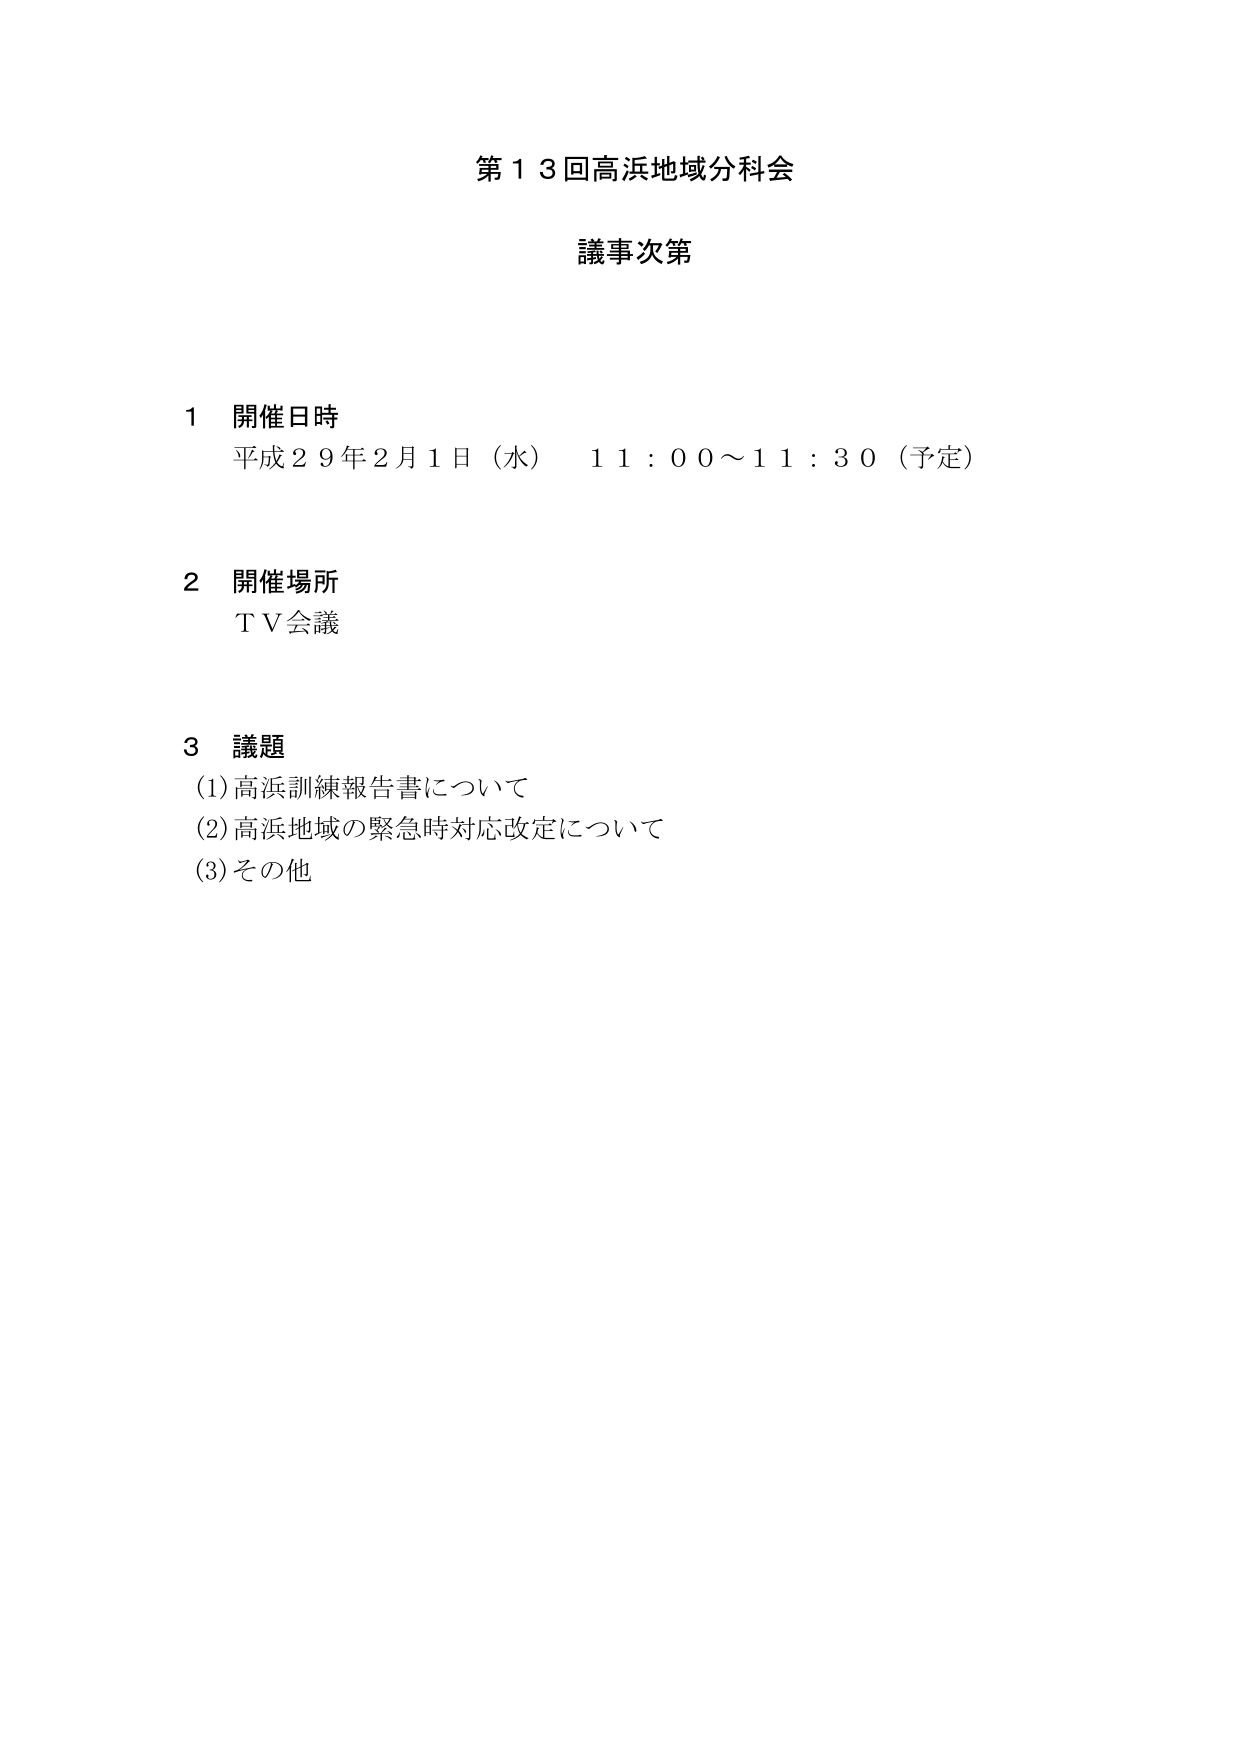
第１３回高浜地域分科会
議事次第

１ 開催日時
平成２９年２月１日（水） １１：００～１１：３０（予定）

２ 開催場所
ＴＶ会議

３ 議題
(1) 高浜訓練報告書について
(2) 高浜地域の緊急時対応改定について
(3) その他